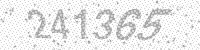
Solution: 241365